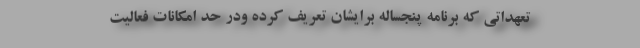
تعهداتی که برنامه پنجساله برایشان تعریف کرده ودر حد امکانات فعالیت